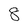
Character: 8